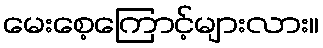
မေးစေ့ကြောင့်များလား။